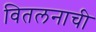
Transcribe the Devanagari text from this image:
वितलनाची